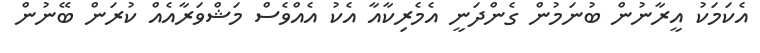
އެކަމަކު އީރާނުން ބުނަމުން ގެންދަނީ އެމެރިކާއާ އެކު އެއްވެސް މަޝްވަރާއެއް ކުރަން ބޭނުން